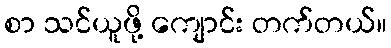
စာ သင်ယူဖို့ ကျောင်း တက်တယ်။